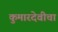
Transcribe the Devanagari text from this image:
कुमारदेवीचा